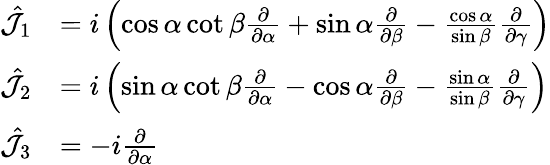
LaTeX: {\begin{array}{rl}{{\hat{\mathcal{J}}}_{1}}&{=i\left(\cos\alpha\cot\beta{\frac{\partial}{\partial\alpha}}+\sin\alpha{\frac{\partial}{\partial\beta}}-{\frac{\cos\alpha}{\sin\beta}}{\frac{\partial}{\partial\gamma}}\right)}\\ {{\hat{\mathcal{J}}}_{2}}&{=i\left(\sin\alpha\cot\beta{\frac{\partial}{\partial\alpha}}-\cos\alpha{\frac{\partial}{\partial\beta}}-{\frac{\sin\alpha}{\sin\beta}}{\frac{\partial}{\partial\gamma}}\right)}\\ {{\hat{\mathcal{J}}}_{3}}&{=-i{\frac{\partial}{\partial\alpha}}}\end{array}}